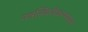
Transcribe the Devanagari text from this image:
नत्रस्थिरीकरण्यास